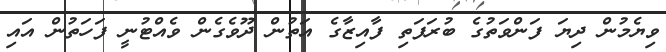
ވިޔެމުން ދިޔަ ފަންވަތުގެ ބުރަފަތި ފާއިޒާގެ އަތުން ދޫވެގެން ވެއްޓުނީ ފަހަތުން އައި